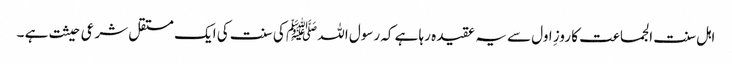
اہل سنت الجماعت کا روزِ اول سے یہ عقیدہ رہا ہے کہ رسول اللہ ﷺ کی سنت کی ایک مستقل شرعی حیثت ہے ۔